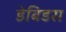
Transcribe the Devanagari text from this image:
डेबिडस